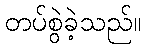
တပ်စွဲခဲ့သည်။